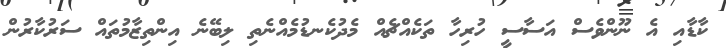
ކާޑާއި އެ ނޫންވެސް އަސާސީ ހުރިހާ ތަކެއްޗެއް މެދުކެނޑުމެއްނެތި ލިބޭނެ އިންތިޒާމުތައް ސަރުކާރުން